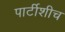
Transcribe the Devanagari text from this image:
पार्टीशीच